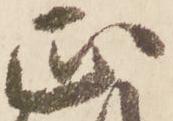
正